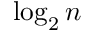
\log _ { 2 } n